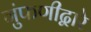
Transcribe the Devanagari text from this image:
गुंफणीद्वारे